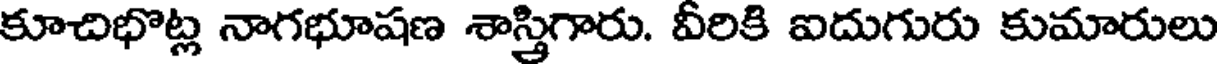
కూచిభొట్ల నాగభూషణ శాస్త్రిగారు. వీరికి ఐదుగురు కుమారులు